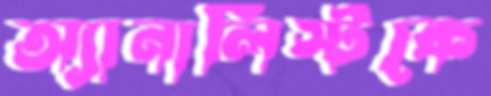
অ্যানালিস্টকে